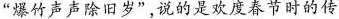
“爆竹声声除旧岁”，说的是欢度春节时的传